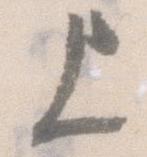
上